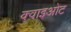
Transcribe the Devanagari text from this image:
क्वाइओट